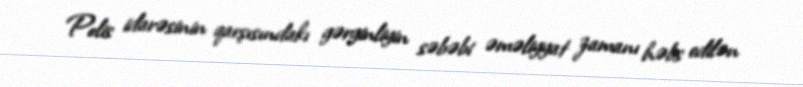
Polis idarəsinin qarşısındakı gərginliyin səbəbi əməliyyat zamanı həbs edilən